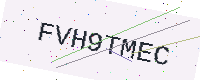
Text: FVH9TMEC